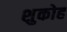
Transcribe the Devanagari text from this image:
शुकोह